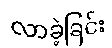
လာခဲ့ခြင်း